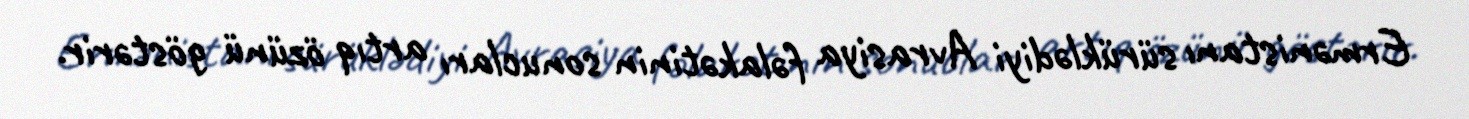
Ermənistanı sürüklədiyi Avrasiya fəlakətinin sonucları artıq özünü göstərir.